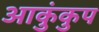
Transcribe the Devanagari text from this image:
आकुंकुप